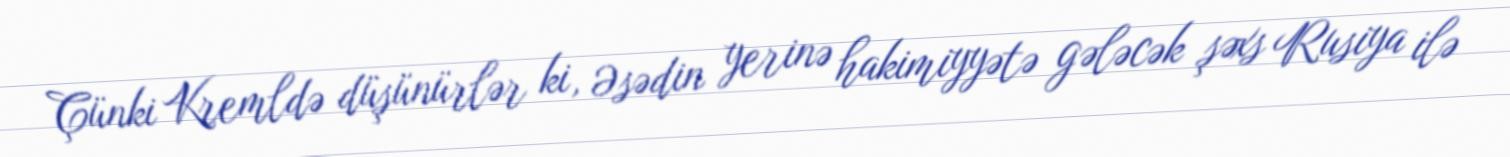
Çünki Kremldə düşünürlər ki, Əsədin yerinə hakimiyyətə gələcək şəxs Rusiya ilə